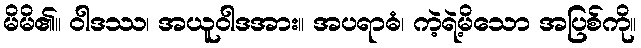
မိမိ၏။ ဝါဒဿ၊ အယူဝါဒအား။ အပရာဓံ၊ ကဲ့ရဲ့မိသော အပြစ်ကို။